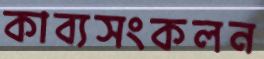
কাব্যসংকলন